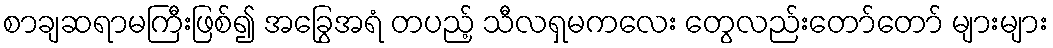
စာချဆရာမကြီးဖြစ်၍ အခြွေအရံ တပည့် သီလရှမကလေး တွေလည်းတော်တော် များများ